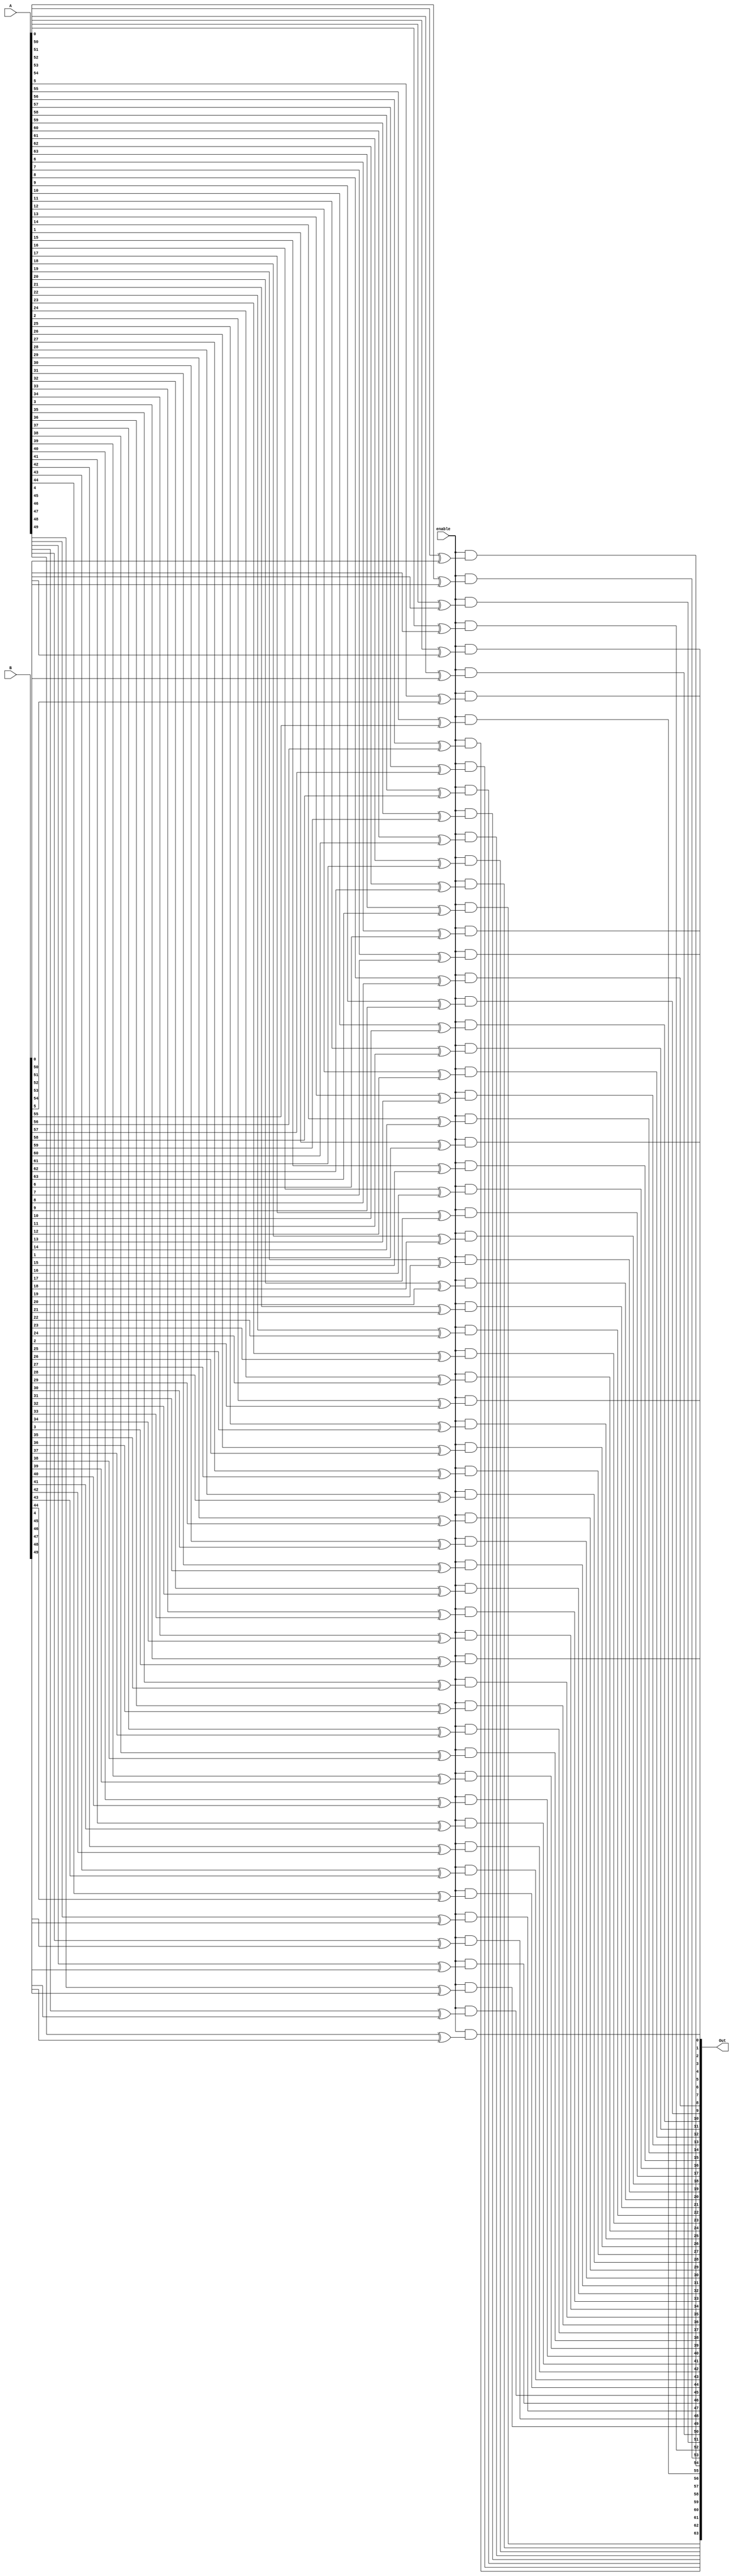
module Xor64Bit(Out,A,B, enable);
    input [63:0] A;
    input [63:0] B;
    wire [63:0] out;
    input enable;
    output [63:0] Out;
    genvar i;
    generate
        for (i = 0;i < 64;i = i+1)
        begin
            xor X1(out[i],A[i],B[i]);
            and and_inst(Out[i], enable, out[i]);
        end
    endgenerate
endmodule